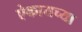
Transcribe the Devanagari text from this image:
ऐकायच्या